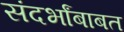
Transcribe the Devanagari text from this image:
संदर्भांबाबत